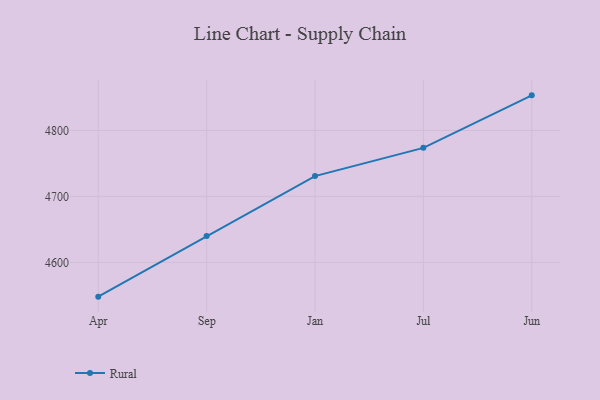
{"axis": {"x": "Month", "y": "Humidity (%)"}, "legend": ["Rural"], "data": [{"x": "Apr", "y": 4548.0, "type": "Rural"}, {"x": "Sep", "y": 4640.0, "type": "Rural"}, {"x": "Jan", "y": 4730.8, "type": "Rural"}, {"x": "Jul", "y": 4773.6, "type": "Rural"}, {"x": "Jun", "y": 4853.2, "type": "Rural"}]}